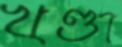
খণ্ডা